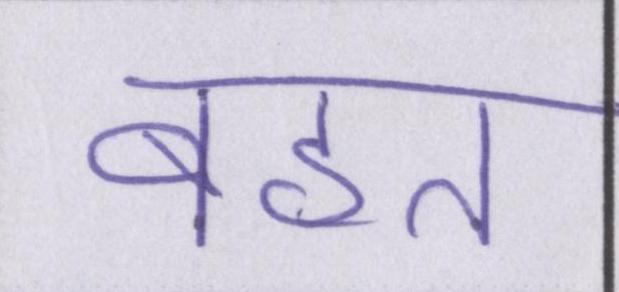
बहत